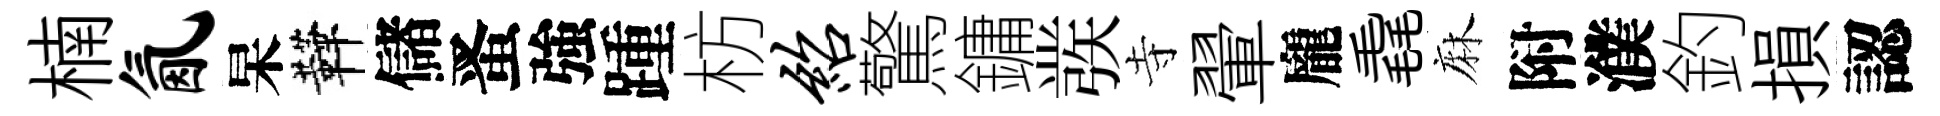
楠氤杲鞾儲󱉠強踵枋绍驚鏞彂寺翬龐毳麻附濮釣損認